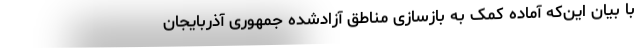
با بیان این‌که آماده کمک به بازسازی مناطق آزادشده جمهوری آذربایجان